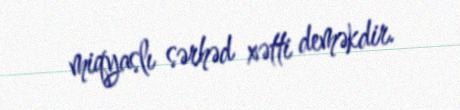
miqyaslı sərhəd xətti deməkdir.